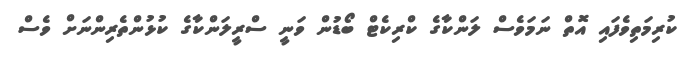
ކުރިމަތިވެފައި އޮތް ނަމަވެސް ލަންކާގެ ކްރިކެޓް ބޯޑުން ވަނީ ސްރީލަންކާގެ ކުޅުންތެރިންނަށް ވެސް